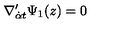
\nabla _ { { \dot { \alpha } } t } ^ { \prime } \Psi _ { 1 } ( z ) = 0